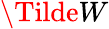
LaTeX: \Tilde{W}